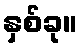
နှစ်ခု။